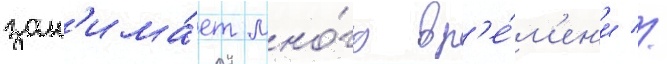
зан'има́ет мно́го вр'е́м'ен'и //